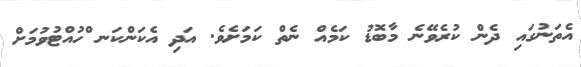
އެތަނުގައި ދެން ކުރެވޭނެ މާބޮޑު ކަމެއް ނެތް ކަމަށެވެ. އަދި އެކަންކަނ ްހުއްޓުވުމަށް